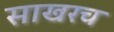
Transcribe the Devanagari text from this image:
साखरच